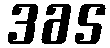
365